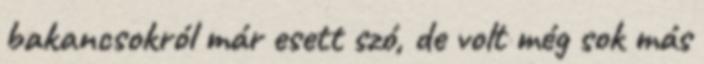
bakancsokról már esett szó, de volt még sok más